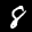
Label: 8